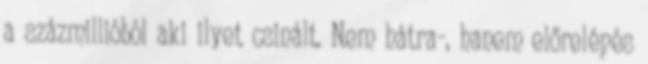
a százmillióból aki ilyet csinált. Nem hátra-, hanem előrelépés